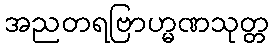
အညတရဗြာဟ္မဏသုတ္တ